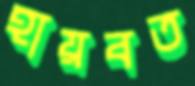
হায়বত